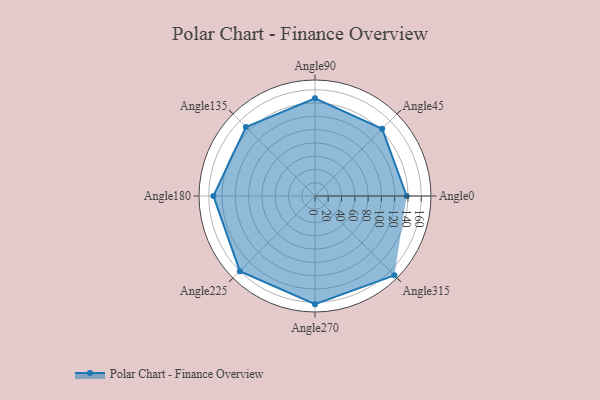
{"axis": {"x": "Angle", "y": "Radius"}, "legend": [""], "data": [{"x": "Angle0", "y": 138.0, "type": ""}, {"x": "Angle45", "y": 143.0, "type": ""}, {"x": "Angle90", "y": 147.0, "type": ""}, {"x": "Angle135", "y": 147.0, "type": ""}, {"x": "Angle180", "y": 153.0, "type": ""}, {"x": "Angle225", "y": 160.0, "type": ""}, {"x": "Angle270", "y": 163.0, "type": ""}, {"x": "Angle315", "y": 169.0, "type": ""}]}